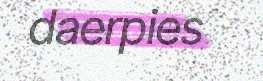
daerpies